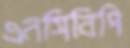
এনসিবিপি